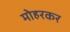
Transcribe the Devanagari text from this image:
मोहरकर